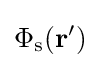
\Phi _{\text{s}}(\mathbf {r} ')